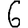
Digit: 6